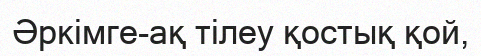
Әркімге-ақ тілеу қостық қой,